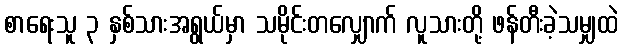
စာရေးသူ ၃ နှစ်သားအရွယ်မှာ သမိုင်းတလျှောက် လူသားတို့ ဖန်တီးခဲ့သမျှထဲ